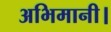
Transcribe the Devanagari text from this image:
अभिमानी।